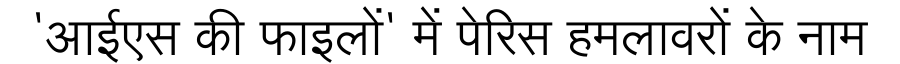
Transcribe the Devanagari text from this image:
'आईएस की फाइलों' में पेरिस हमलावरों के नाम